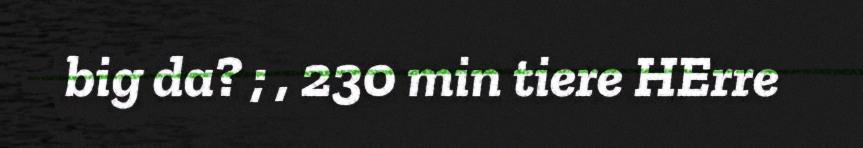
big da? ; , 230 min tiere HErre